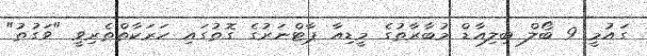
ގައުމީ 9 ބޯލް ބިލިއާޑް މުބާރާތުގެ މީޑިއާ ޕާޓްނަރުގެ ގޮތުގައި ހަރަކާތްތެރިވީ "ވަގުތު"